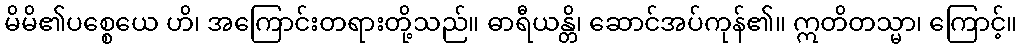
မိမိ၏ပစ္စေယေ ဟိ၊ အကြောင်းတရားတို့သည်။ ဓာရီယန္တိ၊ ဆောင်အပ်ကုန်၏။ ဣတိတသ္မာ၊ ကြောင့်။